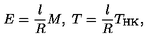
E = \frac { l } { R } M , \ T = \frac { l } { R } T _ { \mathrm { H K } } ,